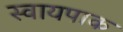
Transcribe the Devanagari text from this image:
स्वायपाक